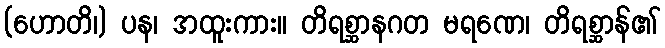
(ဟောတိ၊) ပန၊ အထူးကား။ တိရစ္ဆာနဂတ မရဏေ၊ တိရစ္ဆာန်၏